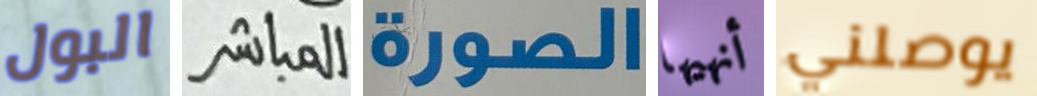
البول المباشر الصورة أنهيها يوصلني